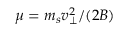
\mu = m _ { s } v _ { \perp } ^ { 2 } / ( 2 B )